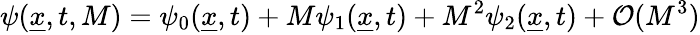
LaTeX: \psi(\underline{{x}},t,M)=\psi_{0}(\underline{{x}},t)+M\psi_{1}(\underline{{x}},t)+M^{2}\psi_{2}(\underline{{x}},t)+\mathcal{O}(M^{3})